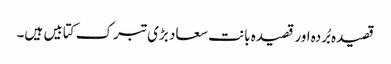
قصیدہ بُردہ اور قصیدہ بانت سعاد بڑی تبرک کتابیں ہیں۔